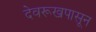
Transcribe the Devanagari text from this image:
देवरूखपासून